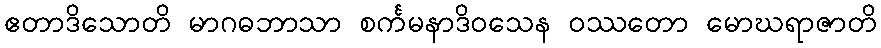
ဧတာဒိသောတိ မာဂဓဘာသာ စင်္ကမနာဒိဝသေန ဝဿတော မောဃရာဇာတိ